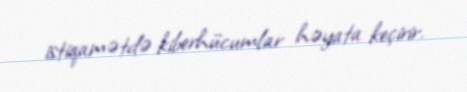
istiqamətdə kiberhücumlar həyata keçirir.